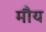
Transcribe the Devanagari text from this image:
मौय